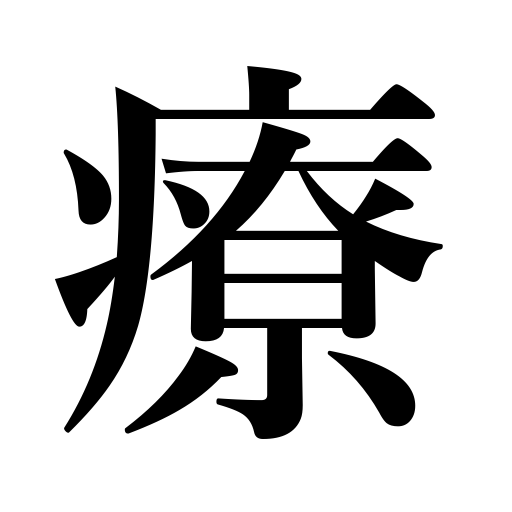
Meanings: cure,heal